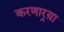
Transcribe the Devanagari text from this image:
करणार्‍य़ा